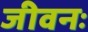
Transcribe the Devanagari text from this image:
जीवनः